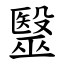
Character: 毉